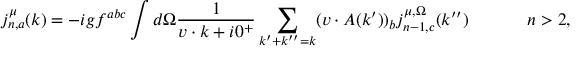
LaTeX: j _ { n , a } ^ { \mu } ( k ) = - i g f ^ { a b c } \int d \Omega { \frac { 1 } { v \cdot k + i 0 ^ { + } } } \sum _ { k ^ { \prime } + k ^ { \prime \prime } = k } ( v \cdot A ( k ^ { \prime } ) ) _ { b } j _ { n - 1 , c } ^ { \mu , \Omega } ( k ^ { \prime \prime } ) \ \ \ \ \ \ \ \ \ \ n > 2 ,